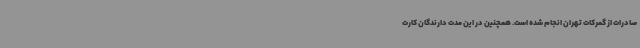
صادرات از گمرکات تهران انجام شده است. همچنین در این مدت دارندگان کارت